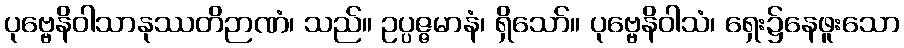
ပုဗ္ဗေနိဝါသာနုဿတိဉာဏံ၊ သည်။ ဥပ္ပဇ္ဇမာနံ၊ ရှိသော်။ ပုဗ္ဗေနိဝါသံ၊ ရှေး၌နေဖူးသော